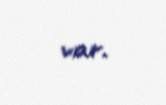
var.